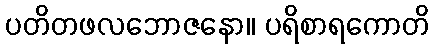
ပတိတဖလဘောဇနော။ ပရိစာရကောတိ